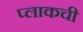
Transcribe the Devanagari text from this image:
प्लाकची